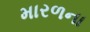
મારળના